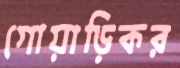
গোয়াড়িকর